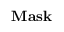
\mathbf { M a s k }